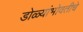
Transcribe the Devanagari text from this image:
डोळ्यांभोवतीचे